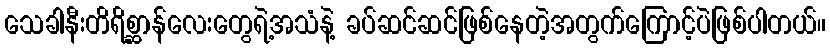
သေခါနီးတိရိစ္ဆာန်လေးတွေရဲ့အသံနဲ့ ခပ်ဆင်ဆင်ဖြစ်နေတဲ့အတွက်ကြောင့်ပဲဖြစ်ပါတယ်။